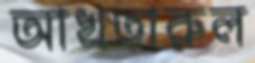
আখতারুল